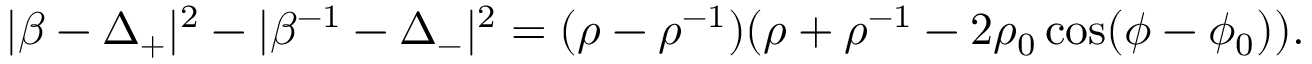
| \beta - \Delta _ { + } | ^ { 2 } - | \beta ^ { - 1 } - \Delta _ { - } | ^ { 2 } = ( \rho - \rho ^ { - 1 } ) ( \rho + \rho ^ { - 1 } - 2 \rho _ { 0 } \cos ( \phi - \phi _ { 0 } ) ) .